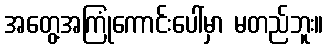
အတွေ့အကြုံကောင်းပေါ်မှာ မတည်ဘူး။